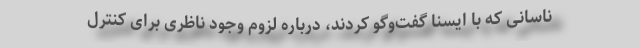
ناسانی که با ایسنا گفت‌وگو کردند، درباره لزوم وجود ناظری برای کنترل